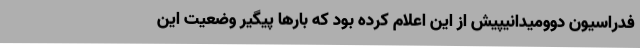
فدراسیون دوومیدانیپیش از این اعلام کرده بود که بارها پیگیر وضعیت این